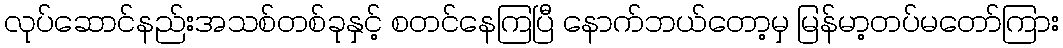
လုပ်ဆောင်နည်းအသစ်တစ်ခုနှင့် စတင်နေကြပြီ နောက်ဘယ်တော့မှ မြန်မာ့တပ်မတော်ကြား